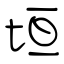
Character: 垣